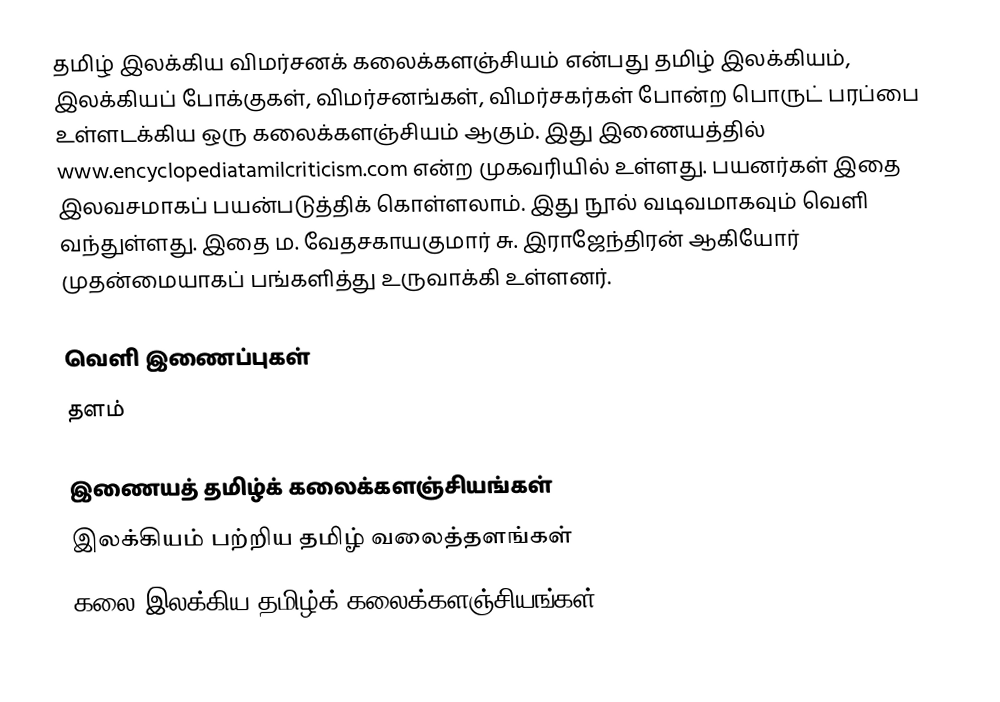
தமிழ் இலக்கிய விமர்சனக் கலைக்களஞ்சியம் என்பது தமிழ் இலக்கியம், இலக்கியப் போக்குகள், விமர்சனங்கள், விமர்சகர்கள் போன்ற பொருட் பரப்பை உள்ளடக்கிய ஒரு கலைக்களஞ்சியம் ஆகும்.  இது இணையத்தில் www.encyclopediatamilcriticism.com  என்ற முகவரியில் உள்ளது.  பயனர்கள் இதை இலவசமாகப் பயன்படுத்திக் கொள்ளலாம்.  இது நூல் வடிவமாகவும் வெளி வந்துள்ளது.  இதை ம. வேதசகாயகுமார் சு. இராஜேந்திரன் ஆகியோர் முதன்மையாகப் பங்களித்து உருவாக்கி உள்ளனர்.

வெளி இணைப்புகள்
 தளம்

இணையத் தமிழ்க் கலைக்களஞ்சியங்கள்
இலக்கியம் பற்றிய தமிழ் வலைத்தளங்கள்
கலை இலக்கிய தமிழ்க் கலைக்களஞ்சியங்கள்